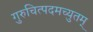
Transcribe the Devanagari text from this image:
गुरुचित्पदमच्युतम्